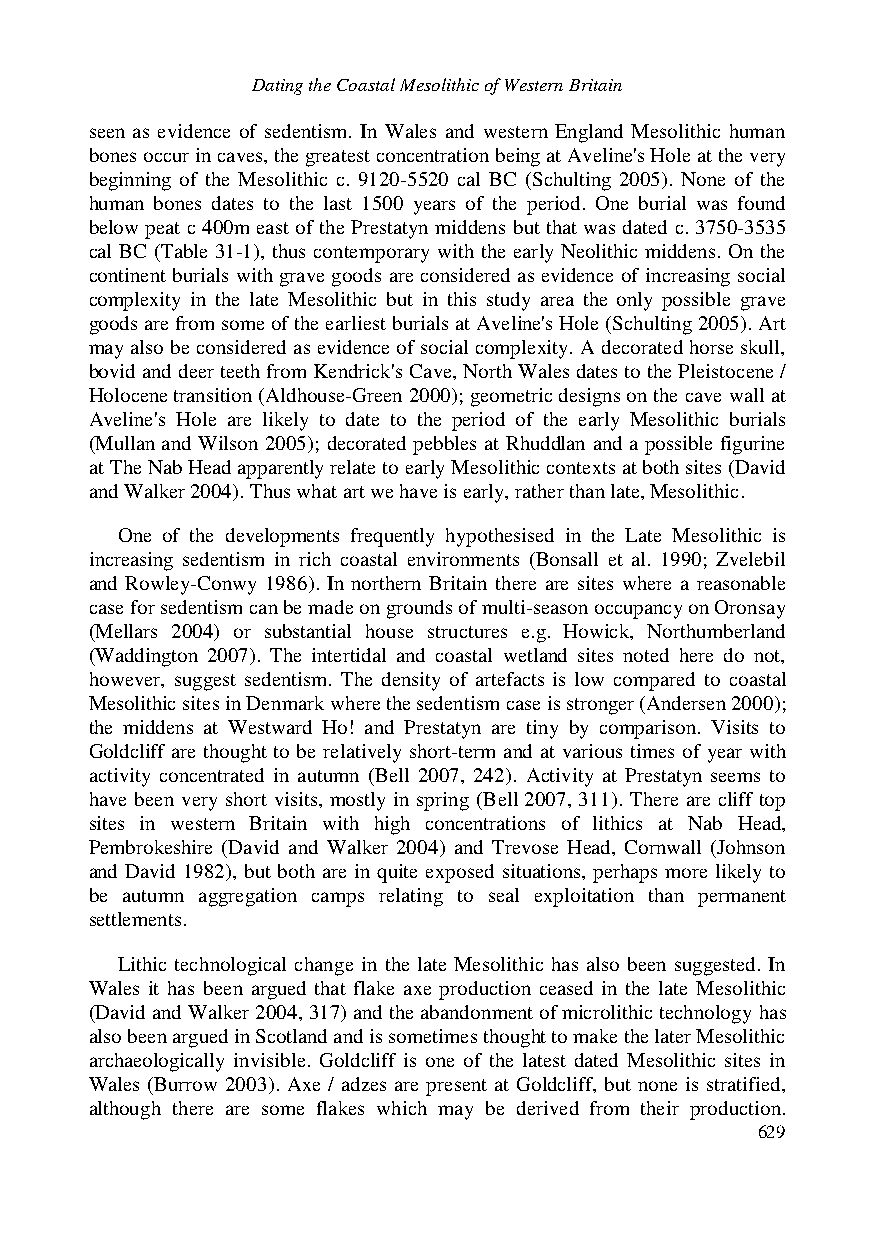
Dating the Coastal Mesolithic of Western Britain
 seen as evidence of sedentism. In Wales and western England Mesolithic human
 bones occur in caves, the greatest concentration being at Aveline's Hole at the very
 beginning of the Mesolithic c. 9120-5520 cal BC (Schulting 2005). None of the
 human bones dates to the last 1500 years of the period. One burial was found
 below peat c 400m east of the Prestatyn middens but that was dated c. 3750-3535
 cal BC (Table 31-1), thus contemporary with the early Neolithic middens. On the
 continent burials with grave goods are considered as evidence of increasing social
 complexity in the late Mesolithic but in this study area the only possible grave
 goods are from some of the earliest burials at Aveline's Hole (Schulting 2005). Art
 may also be considered as evidence of social complexity. A decorated horse skull,
 bovid and deer teeth from Kendrick's Cave, North Wales dates to the Pleistocene /
 Holocene transition (Aldhouse-Green 2000); geometric designs on the cave wall at
 Aveline's Hole are likely to date to the period of the early Mesolithic burials
 (Mullan and Wilson 2005); decorated pebbles at Rhuddlan and a possible figurine
 at The Nab Head apparently relate to early Mesolithic contexts at both sites (David
 and Walker 2004). Thus what art we have is early, rather than late, Mesolithic.
 One of the developments frequently hypothesised in the Late Mesolithic is
 increasing sedentism in rich coastal environments (Bonsall et al. 1990; Zvelebil
 and Rowley-Conwy 1986). In northern Britain there are sites where a reasonable
 case for sedentism can be made on grounds of multi-season occupancy on Oronsay
 (Mellars 2004) or substantial house structures e.g. Howick, Northumberland
 (Waddington 2007). The intertidal and coastal wetland sites noted here do not,
 however, suggest sedentism. The density of artefacts is low compared to coastal
 Mesolithic sites in Denmark where the sedentism case is stronger (Andersen 2000);
 the middens at Westward Ho! and Prestatyn are tiny by comparison. Visits to
 Goldcliff are thought to be relatively short-term and at various times of year with
 activity concentrated in autumn (Bell 2007, 242). Activity at Prestatyn seems to
 have been very short visits, mostly in spring (Bell 2007, 311). There are cliff top
 sites in western Britain with high concentrations of lithics at Nab Head,
 Pembrokeshire (David and Walker 2004) and Trevose Head, Cornwall (Johnson
 and David 1982), but both are in quite exposed situations, perhaps more likely to
 be autumn aggregation camps relating to seal exploitation than permanent
 settlements.
 Lithic technological change in the late Mesolithic has also been suggested. In
 Wales it has been argued that flake axe production ceased in the late Mesolithic
 (David and Walker 2004, 317) and the abandonment of microlithic technology has
 also been argued in Scotland and is sometimes thought to make the later Mesolithic
 archaeologically invisible. Goldcliff is one of the latest dated Mesolithic sites in
 Wales (Burrow 2003). Axe / adzes are present at Goldcliff, but none is stratified,
 although there are some flakes which may be derived from their production.
 629